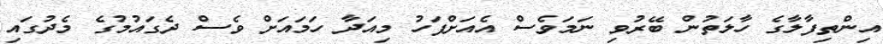
އިންތިފާލާގެ ހާލަތުން ބޭރުވި ނަމަވެސް އެއަށްފަހު މިއަދާ ހަމައަށް ވެސް ދެގައުމުގެ މެދުގައި